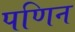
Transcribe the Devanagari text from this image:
पणिन